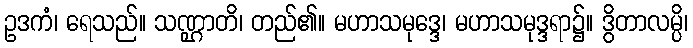
ဥဒကံ၊ ရေသည်။ သဏ္ဌာတိ၊ တည်၏။ မဟာသမုဒ္ဒေ၊ မဟာသမုဒ္ဒရာ၌။ ဒွိတာလမ္ပိ၊